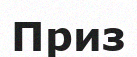
Приз